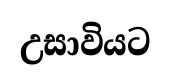
උසාවියට